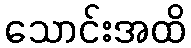
သောင်းအထိ